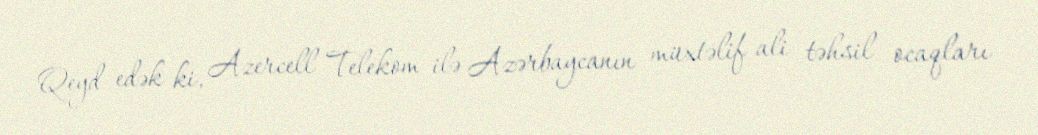
Qeyd edək ki, Azercell Telekom ilə Azərbaycanın müxtəlif ali təhsil ocaqları